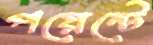
পয়েন্টে